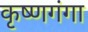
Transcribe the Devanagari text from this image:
कृष्णगंगा